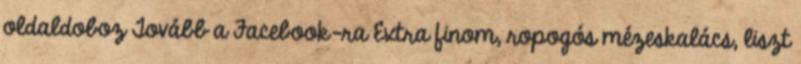
oldaldoboz Tovább a Facebook-ra Extra finom, ropogós mézeskalács, liszt